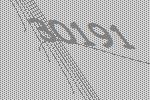
30191